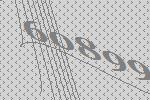
60899